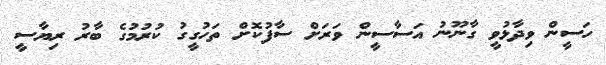
ހަސީން ވިދާޅުވީ ގާނޫނު އަސާސީން ވަރަށް ސާފުކޮށް ތަހުގީގު ކުރުމުގެ ބާރު ރިޔާސީ